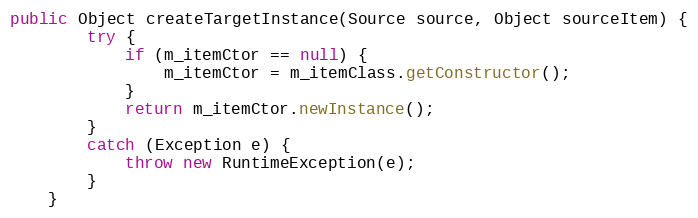
Language: Java
public Object createTargetInstance(Source source, Object sourceItem) {
        try {
            if (m_itemCtor == null) {
                m_itemCtor = m_itemClass.getConstructor();
            }
            return m_itemCtor.newInstance();
        }
        catch (Exception e) {
            throw new RuntimeException(e);
        }
    }